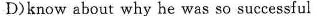
D)know about why he was so successful